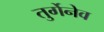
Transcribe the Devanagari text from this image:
तुर्गेनेव